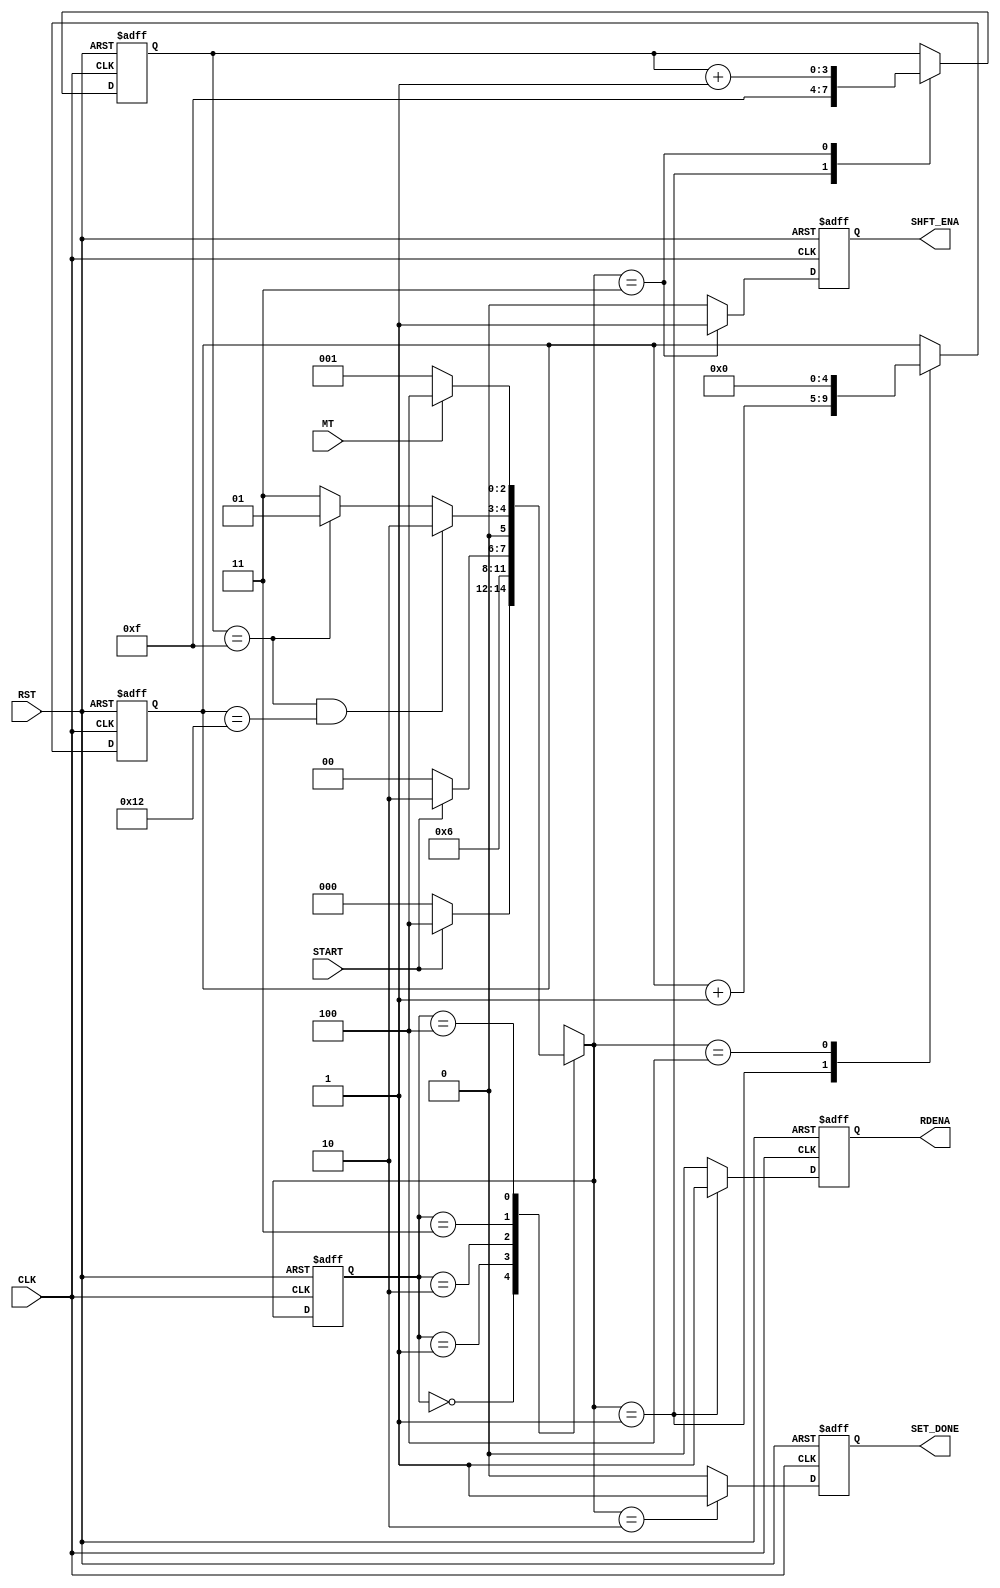

// Created by fizzim_tmr.pl version $Revision: 4.44 on 2014:12:12 at 12:14:53 (www.fizzim.com)

module bky_load_FSM (
  output reg RDENA,
  output reg SET_DONE,
  output reg SHFT_ENA,
  input CLK,
  input MT,
  input RST,
  input START 
);

  // state bits
  parameter 
  Idle      = 3'b000, 
  Read      = 3'b001, 
  Set_Done  = 3'b010, 
  Shift     = 3'b011, 
  Wait4Data = 3'b100; 

  reg [2:0] state;


  reg [2:0] nextstate;


  reg [4:0] loop;
  reg [3:0] scnt;

  // comb always block
  always @* begin
    nextstate = 3'bxxx; // default to x because default_state_is_x is set
    case (state)
      Idle     : if      (START)                              nextstate = Wait4Data;
                 else                                         nextstate = Idle;
      Read     :                                              nextstate = Shift;
      Set_Done : if      (!START)                             nextstate = Idle;
                 else                                         nextstate = Set_Done;
      Shift    : if      ((scnt == 4'hF) && (loop == 5'd18))  nextstate = Set_Done;
                 else if (scnt == 4'hF)                       nextstate = Read;
                 else                                         nextstate = Shift;
      Wait4Data: if      (!MT)                                nextstate = Read;
                 else                                         nextstate = Wait4Data;
    endcase
  end

  // Assign reg'd outputs to state bits

  // sequential always block
  always @(negedge CLK or posedge RST) begin
    if (RST)
      state <= Idle;
    else
      state <= nextstate;
  end

  // datapath sequential always block
  always @(negedge CLK or posedge RST) begin
    if (RST) begin
      RDENA <= 0;
      SET_DONE <= 0;
      SHFT_ENA <= 0;
      loop <= 5'h00;
      scnt <= 4'h0;
    end
    else begin
      RDENA <= 0; // default
      SET_DONE <= 0; // default
      SHFT_ENA <= 0; // default
      loop <= loop; // default
      scnt <= scnt; // default
      case (nextstate)
        Read     : begin
                          RDENA <= 1;
                          loop <= loop + 1;
                          scnt <= 4'hF;
        end
        Set_Done :        SET_DONE <= 1;
        Shift    : begin
                          SHFT_ENA <= 1;
                          scnt <= scnt + 1;
        end
        Wait4Data:        loop <= 5'h00;
      endcase
    end
  end

  // This code allows you to see state names in simulation
  `ifndef SYNTHESIS
  reg [71:0] statename;
  always @* begin
    case (state)
      Idle     : statename = "Idle";
      Read     : statename = "Read";
      Set_Done : statename = "Set_Done";
      Shift    : statename = "Shift";
      Wait4Data: statename = "Wait4Data";
      default  : statename = "XXXXXXXXX";
    endcase
  end
  `endif

endmodule